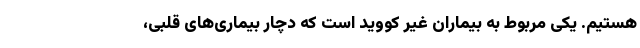
هستیم. یکی مربوط به بیماران غیر کووید است که دچار بیماری‌های قلبی،